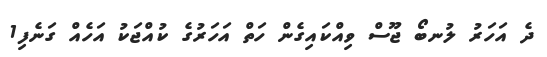
ދެ އަހަރު ލުނބޯ ޖޫސް ވިއްކައިގެން ހަތް އަހަރުގެ ކުއްޖަކު އަހެއް ގަނެފި1